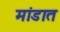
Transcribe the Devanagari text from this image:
मांडात